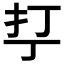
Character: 𰒾